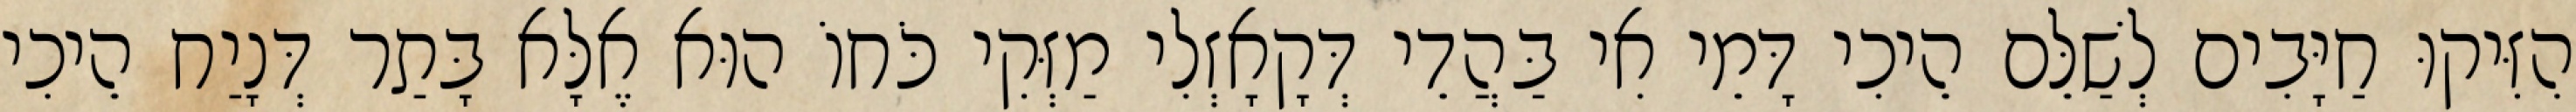
הִזִּיקוּ חַיָּבִים לְשַׁלֵּם הֵיכִי דָּמֵי אִי בַּהֲדֵי דְּקָאָזְלִי מַזְּקִי כֹּחוֹ הוּא אֶלָּא בָּתַר דְּנָיַח הֵיכִי